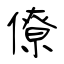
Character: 僚